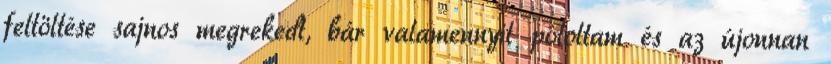
feltöltése sajnos megrekedt, bár valamennyit pótoltam és az újonnan